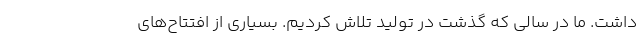
داشت. ما در سالی که گذشت در تولید تلاش کردیم. بسیاری از افتتاح‌های